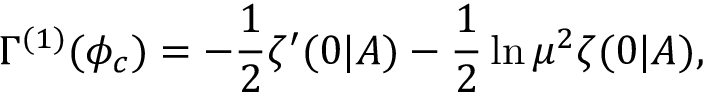
\Gamma ^ { ( 1 ) } ( \phi _ { c } ) = - \frac 1 2 \zeta ^ { \prime } ( 0 | A ) - \frac 1 2 \ln \mu ^ { 2 } \zeta ( 0 | A ) ,